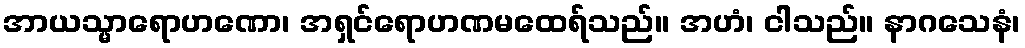
အာယသ္မာရောဟဏော၊ အရှင်ရောဟဏမထေရ်သည်။ အဟံ၊ ငါသည်။ နာဂသေနံ၊